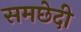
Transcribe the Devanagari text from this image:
समछेदी